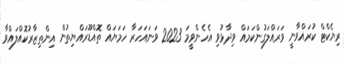
ރިޔެކްޓް ކުރައްވާނީ ވަރައްލަގުންކަމައް ވިދާޅުވި އެހެންވީމަ 2023 ވަނައަހަރާ ހަމަޔައް ތޮއްޑޫރައްޔިތުން އިންތިޒާރުކޮއްލައްވާ